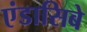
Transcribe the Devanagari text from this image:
एंडासिबे